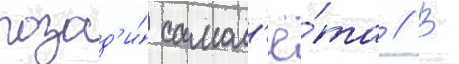
позад'и́ самол'ё́та // В